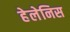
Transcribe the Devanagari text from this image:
हेलेनिस